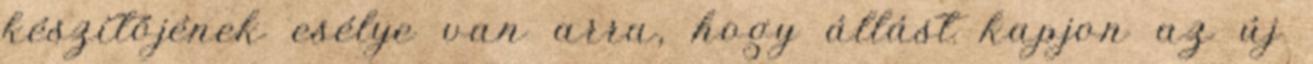
készítőjének esélye van arra, hogy állást kapjon az új